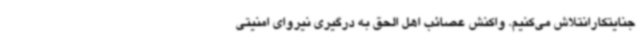
جنایتکارانتلاش می‌کنیم. واکنش عصائب اهل الحق به درگیری‌ نیروای امنیتی